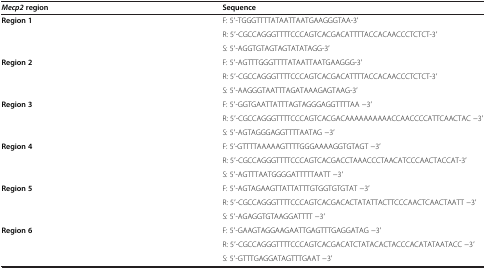
| Mecp2 region | Sequence |
 | --- | --- |
 | <ROWSPAN=3> Region 1 | F: 5′-TGGGTTTTATAATTAATGAAGGGTAA-3′ |
 | R: 5′-CGCCAGGGTTTTCCCAGTCACGACATTTTACCACAACCCTCTCT-3′ |
 | S: 5′-AGGTGTAGTAGTATATAGG-3′ |
 | <ROWSPAN=3> Region 2 | F: 5′-AGTTTGGGTTTTATAATTAATGAAGGG-3′ |
 | R: 5′-CGCCAGGGTTTTCCCAGTCACGACATTTTACCACAACCCTCTCT-3′ |
 | S: 5′-AAGGGTAATTTAGATAAAGAGTAAG-3′ |
 | <ROWSPAN=3> Region 3 | F: 5′-GGTGAATTATTTAGTAGGGAGGTTTTAA -3′ |
 | R: 5′-CGCCAGGGTTTTCCCAGTCACGACAAAAAAAAAACCAACCCCATTCAACTAC -3′ |
 | S: 5′-AGTAGGGAGGTTTTAATAG -3′ |
 | <ROWSPAN=3> Region 4 | F: 5’-GTTTTAAAAAGTTTTGGGAAAAGGTGTAGT -3′ |
 | R: 5′-CGCCAGGGTTTTCCCAGTCACGACCTAAACCCTAACATCCCAACTACCAT-3′ |
 | S: 5′-AGTTTAATGGGGATTTTTAATT -3′ |
 | <ROWSPAN=3> Region 5 | F: 5′-AGTAGAAGTTATTATTTGTGGTGTGTAT -3′ |
 | R: 5′-CGCCAGGGTTTTCCCAGTCACGACACTATATTACTTCCCAACTCAACTAATT -3′ |
 | S: 5′-AGAGGTGTAAGGATTTT -3′ |
 | <ROWSPAN=3> Region 6 | F: 5′-GAAGTAGGAAGAATTGAGTTTGAGGATAG -3′ |
 | R: 5′-CGCCAGGGTTTTCCCAGTCACGACATCTATACACTACCCACATATAATACC -3′ |
 | S: 5′-GTTTGAGGATAGTTTGAAT -3′ |